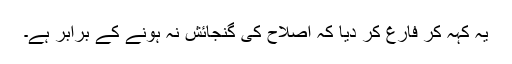
یہ کہہ کر فارغ کر دیا کہ اصلاح کی گنجائش نہ ہونے کے برابر ہے۔